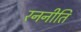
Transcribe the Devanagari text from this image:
रननीति